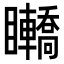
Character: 𥍑